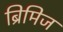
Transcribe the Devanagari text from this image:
ब्रिमिज